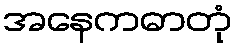
အနေကဓာတုံ